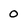
Character: 0